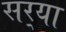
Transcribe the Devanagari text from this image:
सर्‍या